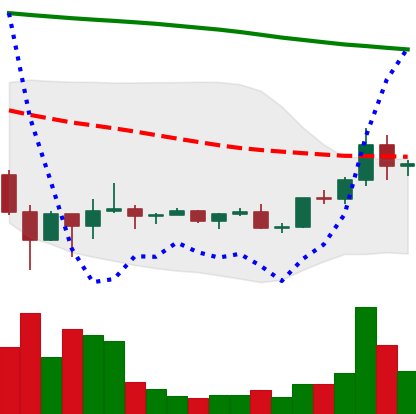
Ticker: DOGE-USD
Chart end date: 2022-02-09
Forward return: -8.245%
Label: down_7plus